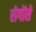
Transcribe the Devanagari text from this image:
रोगोंसे